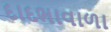
દાદભાવાળા